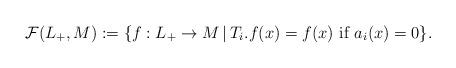
LaTeX: \begin{align*}\mathcal{F}(L_{+}, M):=\{ f : L_{+} \to M \, | \, T_{i}.f(x)=f(x) \,\, \hbox{if} \,\, a_{i}(x)=0 \}. \end{align*}